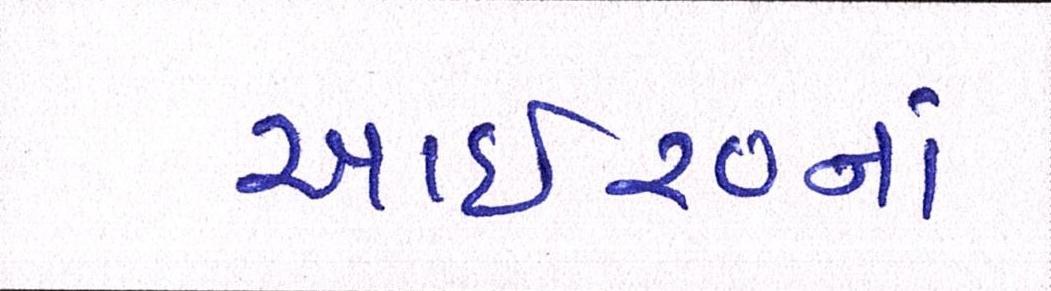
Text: આઇ૨૦નાં